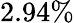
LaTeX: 2.94\%